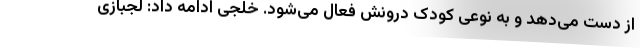
از دست می‌دهد و به نوعی کودک درونش فعال می‌شود. خلجی ادامه داد: لجبازی